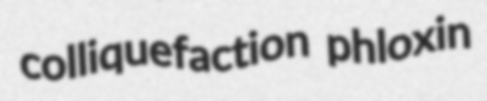
colliquefaction phloxin